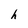
Character: h